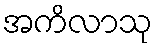
အကိလာသု